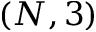
( N , 3 )